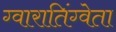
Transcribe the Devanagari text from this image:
ग्वारातिंग्वेता